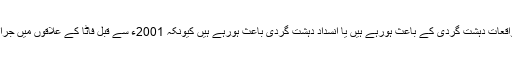
لیکن ہمیں یہ دیکھنا ہوگا کہ یہ واقعات دہشت گردی کے باعث ہورہے ہیں یا انسداد دہشت گردی باعث ہورہے ہیں کیونکہ 2001ء سے قبل فاٹا کے علاقوں میں جرائم انتہائی کم ترین سطح پر تھے۔